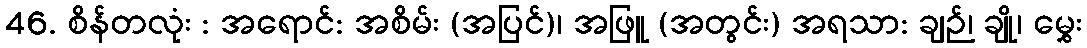
46. စိန်တလုံး : အရောင်: အစိမ်း (အပြင်)၊ အဖြူ (အတွင်း) အရသာ: ချဉ်၊ ချို၊ မွှေး